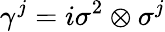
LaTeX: \gamma^{j}=i\sigma^{2}\otimes\sigma^{j}